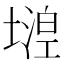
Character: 𡐘